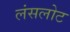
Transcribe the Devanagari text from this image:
लंसलोट